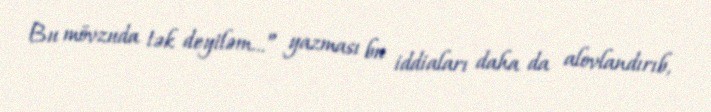
Bu mövzuda tək deyiləm…” yazması bu iddiaları daha da alovlandırıb,